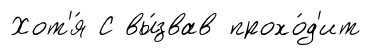
Хот'я́ С вы́звав прохо́д'ит